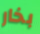
بخار